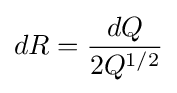
dR={\frac {dQ}{2Q^{1/2}}}